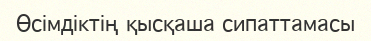
Өсімдіктің қысқаша сипаттамасы